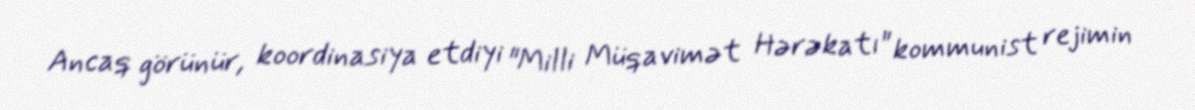
Ancaq görünür, koordinasiya etdiyi "Milli Müqavimət Hərəkatı" kommunist rejimin